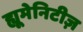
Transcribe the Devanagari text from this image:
ह्यूमेनिटीज़